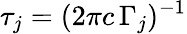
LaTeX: \tau_{j}=(2\pi c\, {\Gamma_{j}})^{-1}